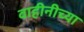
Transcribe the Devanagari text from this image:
वाहीनीच्या